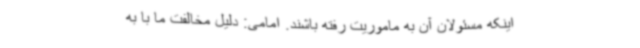
اینکه مسئولان آن به ماموریت رفته باشند. امامی: دلیل مخالفت ما با به